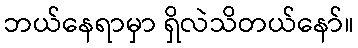
ဘယ်နေရာမှာ ရှိလဲသိတယ်နော်။